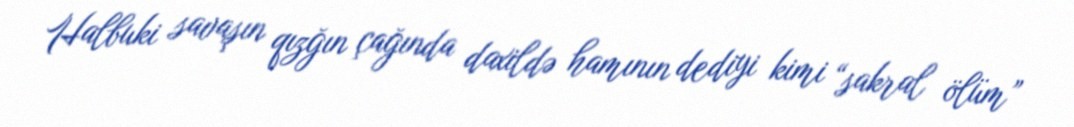
Halbuki savaşın qızğın çağında daxildə hamının dediyi kimi “sakral ölüm”